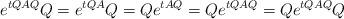
LaTeX: \begin{align*}e^{tQAQ}Q = e^{tQA}Q = Qe^{tAQ} = Qe^{tQAQ} = Qe^{tQAQ}Q\end{align*}